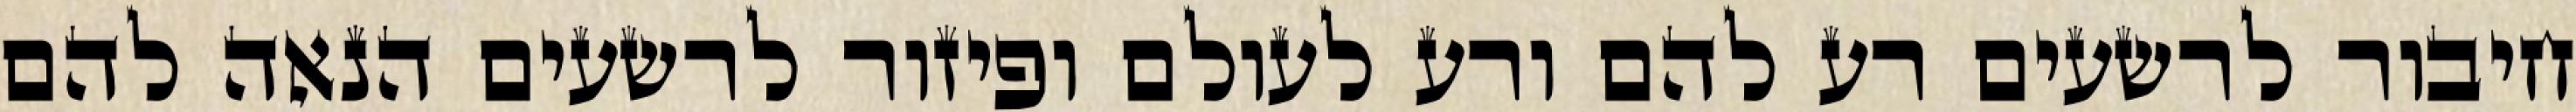
חיבור לרשעים רע להם ורע לעולם ופיזור לרשעים הנאה להם